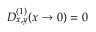
D _ { x , y } ^ { ( 1 ) } ( x \to 0 ) = 0